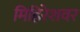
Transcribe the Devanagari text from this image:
मिहिरेशवर